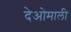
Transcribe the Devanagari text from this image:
देओमाली